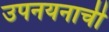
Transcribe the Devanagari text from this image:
उपनयनाची